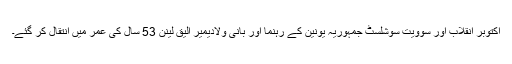
اکتوبر انقلاب اور سوویت سوشلسٹ جمہوریہ یونین کے رہنما اور بانی ولادیمیر الیق لینن 53 سال کی عمر میں انتقال کر گئے۔